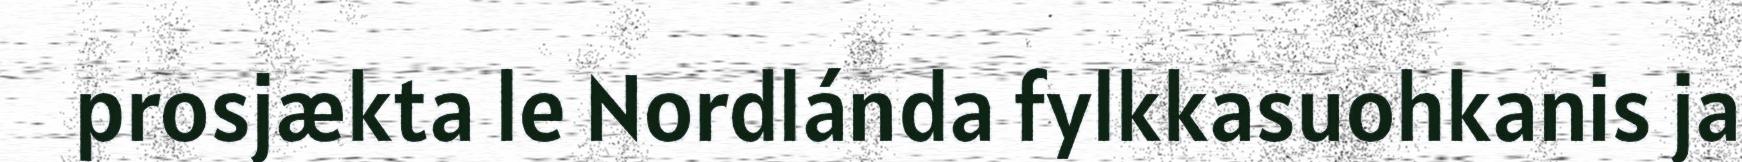
prosjækta le Nordlánda fylkkasuohkanis ja